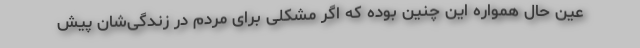
عین حال همواره این چنین بوده که اگر مشکلی برای مردم در زندگی‌شان پیش